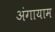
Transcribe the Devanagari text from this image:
अंगायाम